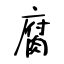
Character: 腐